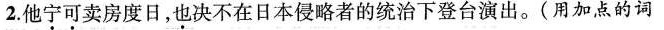
2.他宁可卖房度日，也决不在日本侵略者的统治下登台演出。(用加点的词